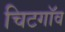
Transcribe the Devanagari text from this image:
चिटगॉव